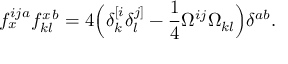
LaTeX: f _ { x } ^ { i j a } f _ { k l } ^ { x \, b } = 4 \Big ( \delta _ { k } ^ { [ i } \delta _ { l } ^ { j ] } - \frac { 1 } { 4 } \Omega ^ { i j } \Omega _ { k l } \Big ) \delta ^ { a b } .